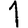
Digit: 1